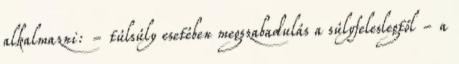
alkalmazni: - túlsúly esetében megszabadulás a súlyfeleslegtől - a